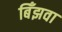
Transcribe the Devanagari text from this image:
बिँझवा